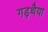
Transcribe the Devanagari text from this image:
गड़थैया